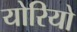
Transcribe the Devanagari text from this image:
योरियो